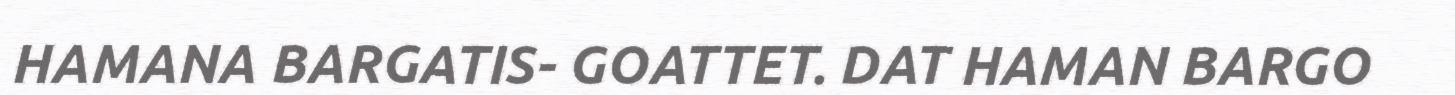
HAMANA BARGATIS- GOATTET. DAT HAMAN BARGO